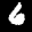
Label: 6